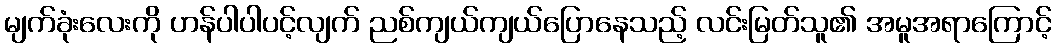
မျက်ခုံးလေးကို ဟန်ပါပါပင့်လျက် ညစ်ကျယ်ကျယ်ပြောနေသည့် လင်းမြတ်သူ၏ အမူအရာကြောင့်